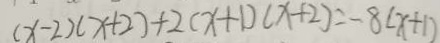
( x - 2 ) ( x + 2 ) + 2 ( x + 1 ) ( x + 2 ) = - 8 ( x + 1 )